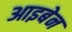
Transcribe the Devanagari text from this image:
आइबेन